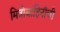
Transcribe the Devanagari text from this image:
मित्रोबाहिनीची